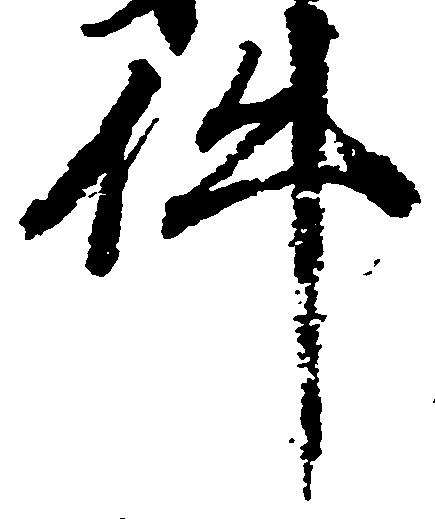
件